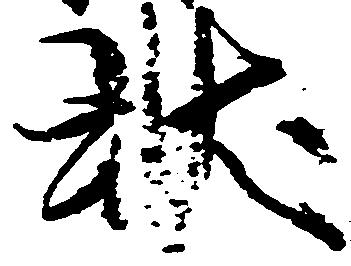
状